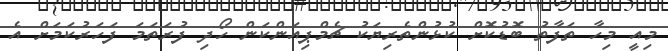
މިއީ މިހާ ތަފާތު ބޮޑުކޮށް ކުޅުންތެރިޔަކު ޗެމްޕިއަންކަން ހޯދި ފުރަތަމަ ފަހަރުކަމަށް އެ